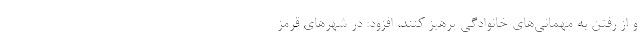
و از رفتن به مهمانی‌های خانوادگی پرهیز کنند، افزود: در شهرهای قرمز